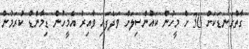
ގާތްގަނޑަކަށް 30 ށް މީހުން ކައުންސިލަށް ވަދެފައި ވާއިރު އެމީހުން ޑިމާންޑް ކުރަމުން